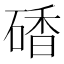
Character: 𥔜